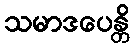
သမာဒပေန္တိ